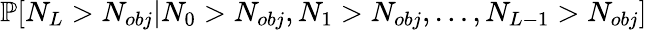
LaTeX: \mathbb{P}[N_{L}>N_{obj}|N_{0}>N_{obj},N_{1}>N_{obj},\dots,N_{L-1}>N_{obj}]